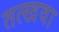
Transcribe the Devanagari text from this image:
तत्खवा